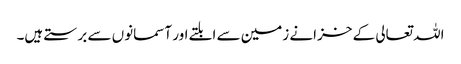
اللہ تعالی کے خزانے زمین سے ابلتے اور آسمانوں سے برستے ہیں۔